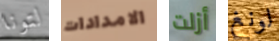
لتونا الامدادات أزلت لونغ